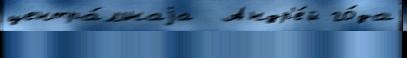
центра́льнаjа  Андр'е́й го́да